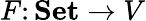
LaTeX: F\colon\mathbf{Set}\to V